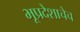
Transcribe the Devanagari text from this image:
भूप्रदेशाचेच